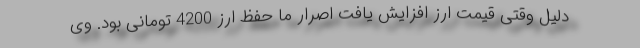
دلیل وقتی قیمت ارز افزایش یافت اصرار ما حفظ ارز 4200 تومانی بود. وی